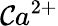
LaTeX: \mathcal{C}a^{2+}